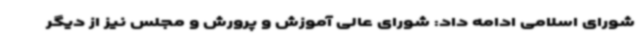
شورای اسلامی ادامه داد: شورای عالی آموزش و پرورش و مجلس نیز از دیگر